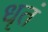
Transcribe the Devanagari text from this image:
धृतं